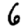
Digit: 6